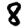
Digit: 8